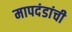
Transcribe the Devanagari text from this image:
मापदंडांची